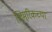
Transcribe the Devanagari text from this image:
लिम्‌रिकच्या